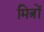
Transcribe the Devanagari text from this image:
मित्रों